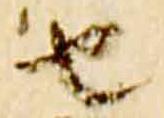
由